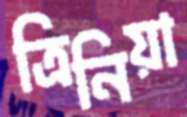
ত্রিনিয়া